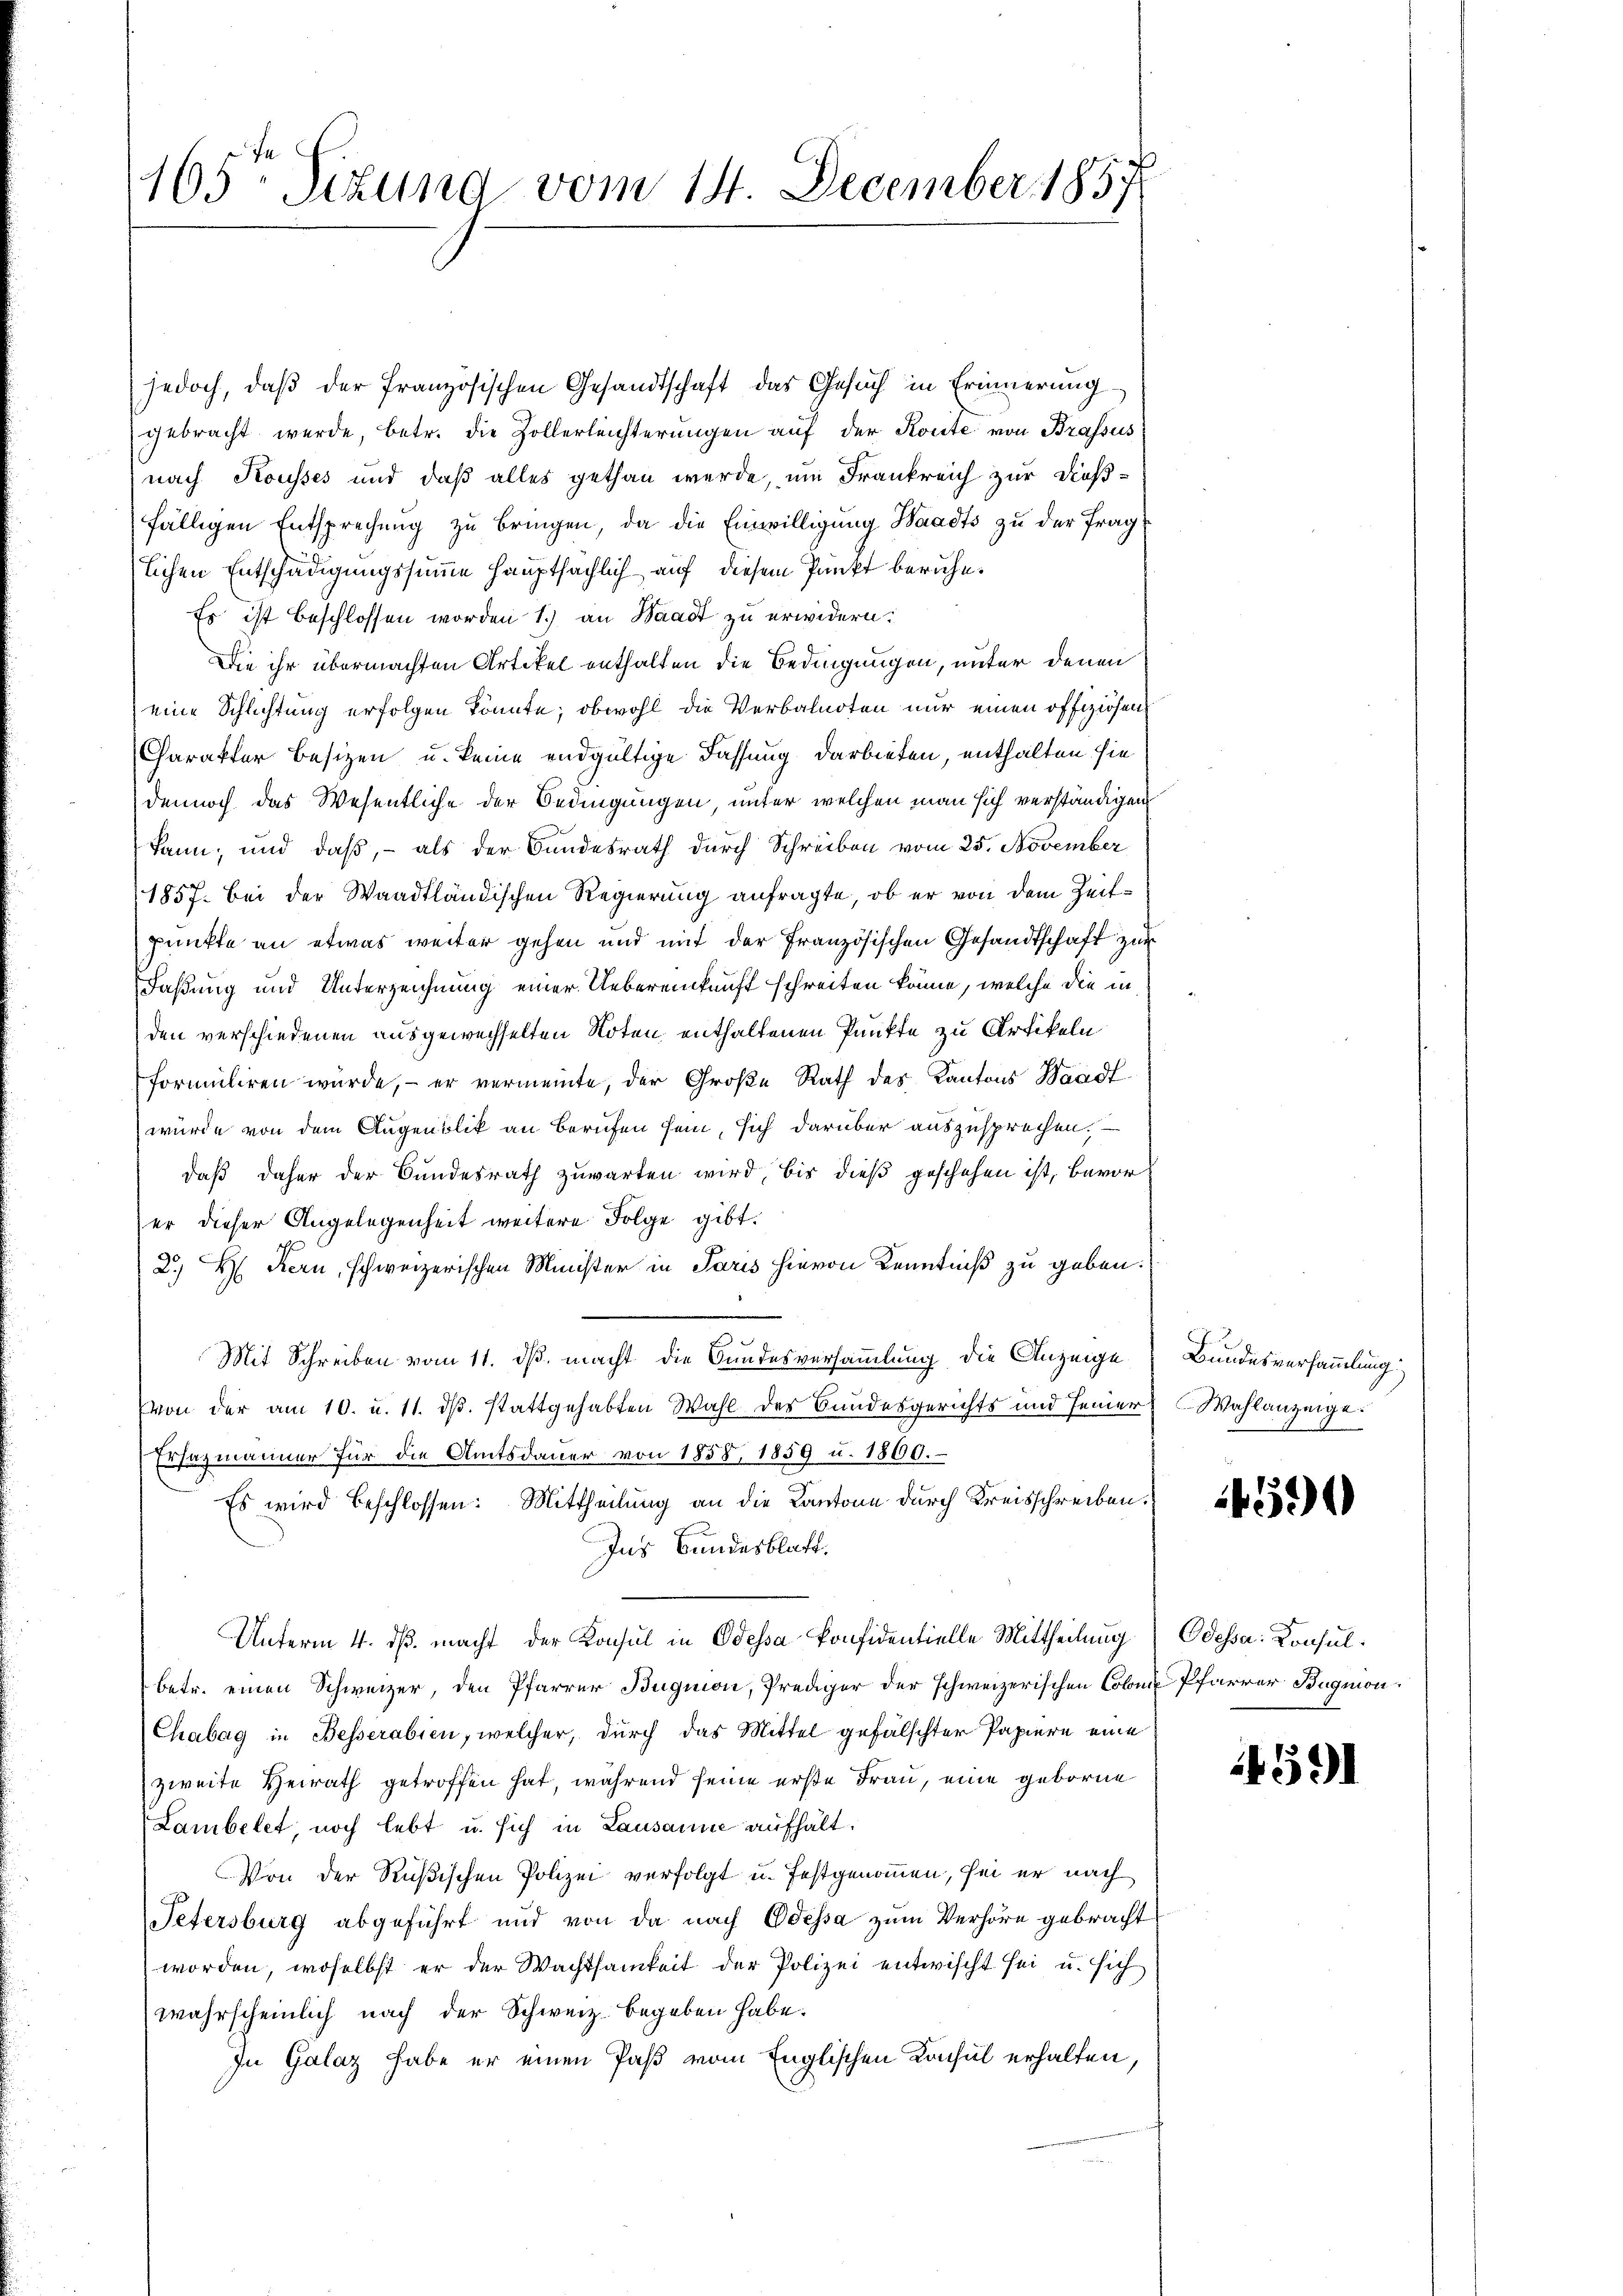
165: Sizung vom 14. December 1857

jedoch, daβ der französischen Gesandtschaft das Gesuch in Erinnerung
gebracht werde, betr. die Zollerleichterungen auf der Konte von Brassus
nach Kousses und daß alles gethan werde, um Frankreich zur Dießfälligen Entsprechung zu bringen, da die Einwilligung Baadts zu der Frag
lichen Entschädigungssumme hauptsächlich auf diesem Punkt beruhe¬
Es ist beschlossen worden 1.) an Waadt zu erwidern:
Die ihr übermachten Artikel enthalten die Bedingungen, unter denen
eine Schlichtung erfolgen könnte; obwohl die Verbalnoten nur einen offiziösen,
Charakter Besizen u. keine endgültige Fassung darbieten, enthalten sie
dennoch das Wesentliche der Bedingungen, unter welchen man sich verständigen
kann; und daß, - als der Bundesrath durch Schreiben vom 25. November
1857. Bei der Waadtländischen Regierung anfragte, ob er von dem Zeitpunkte an etwas weiter gehen und mit der Französischen Gesandtschaft zur
Faßung und Unterzeichnung einer Uebereinkunft schreiten könne, welche die in
den verschiedenen ausgewechselten Noten enthaltenen Punkte zu Artikeln
formuliren würde, – er vermeinte, der Große Rath des Kantons Waadt
würde von dem Augenblik an Berufen sein, sich darüber auszusprechen.
daß daher der Bundesrath zuwarten wird, bis dieß geschehen ist, bevorer dieser Angelegenheit weitere Folge gibt.
2.) Hs. Kern, schweizerischen Minister in Paris hievon Kenntniß zu geben.
Mit Schreiben vom 11. ds. macht die Bundesversammlung die Anzeige
von der am 10. u. 11. ds. stattgehabten Wahl der Bundesgerichts und seiner
Ersatzmänner für die Amtsdauer von 1858, 1859 u. 1800.
Es wird beschlossen: Mittheilung an die Kantone durch Kreisschreiben.
Ins Bundesblatt.
Unterm 4. ds. macht der Konsul in Odessa konfidentielle Mittheilung (Odessa. Konsulbetr. einen Schweizer, den Pfarrer Bugnon, Prediger der schweizerischen Colom Pfarrer Bugnion.
Chabag in Besserabien, welcher, durch das Mittel gefälschter Papiere eine
zweite Heirath getroffen hat, während seine erste Frau, eine geborne
Lambelet, noch lebt u. sich in Lausanne aufhält.
Von der Rußischen Polizei verfolgt u. festgenommen, sei er nach
Petersburg abgeführt und von da nach Odessa zum Verhöre gebracht
worden, woselbst er der Wachtsamkeit der Polizei entwischt sei u. sich
wahrscheinlich nach der Schweiz begeben habe.
In Galaz habe er einen Paß vom Englischen Konsul erhalten,

Bundesversammlung:
Wahlanzeige.

1459

4591